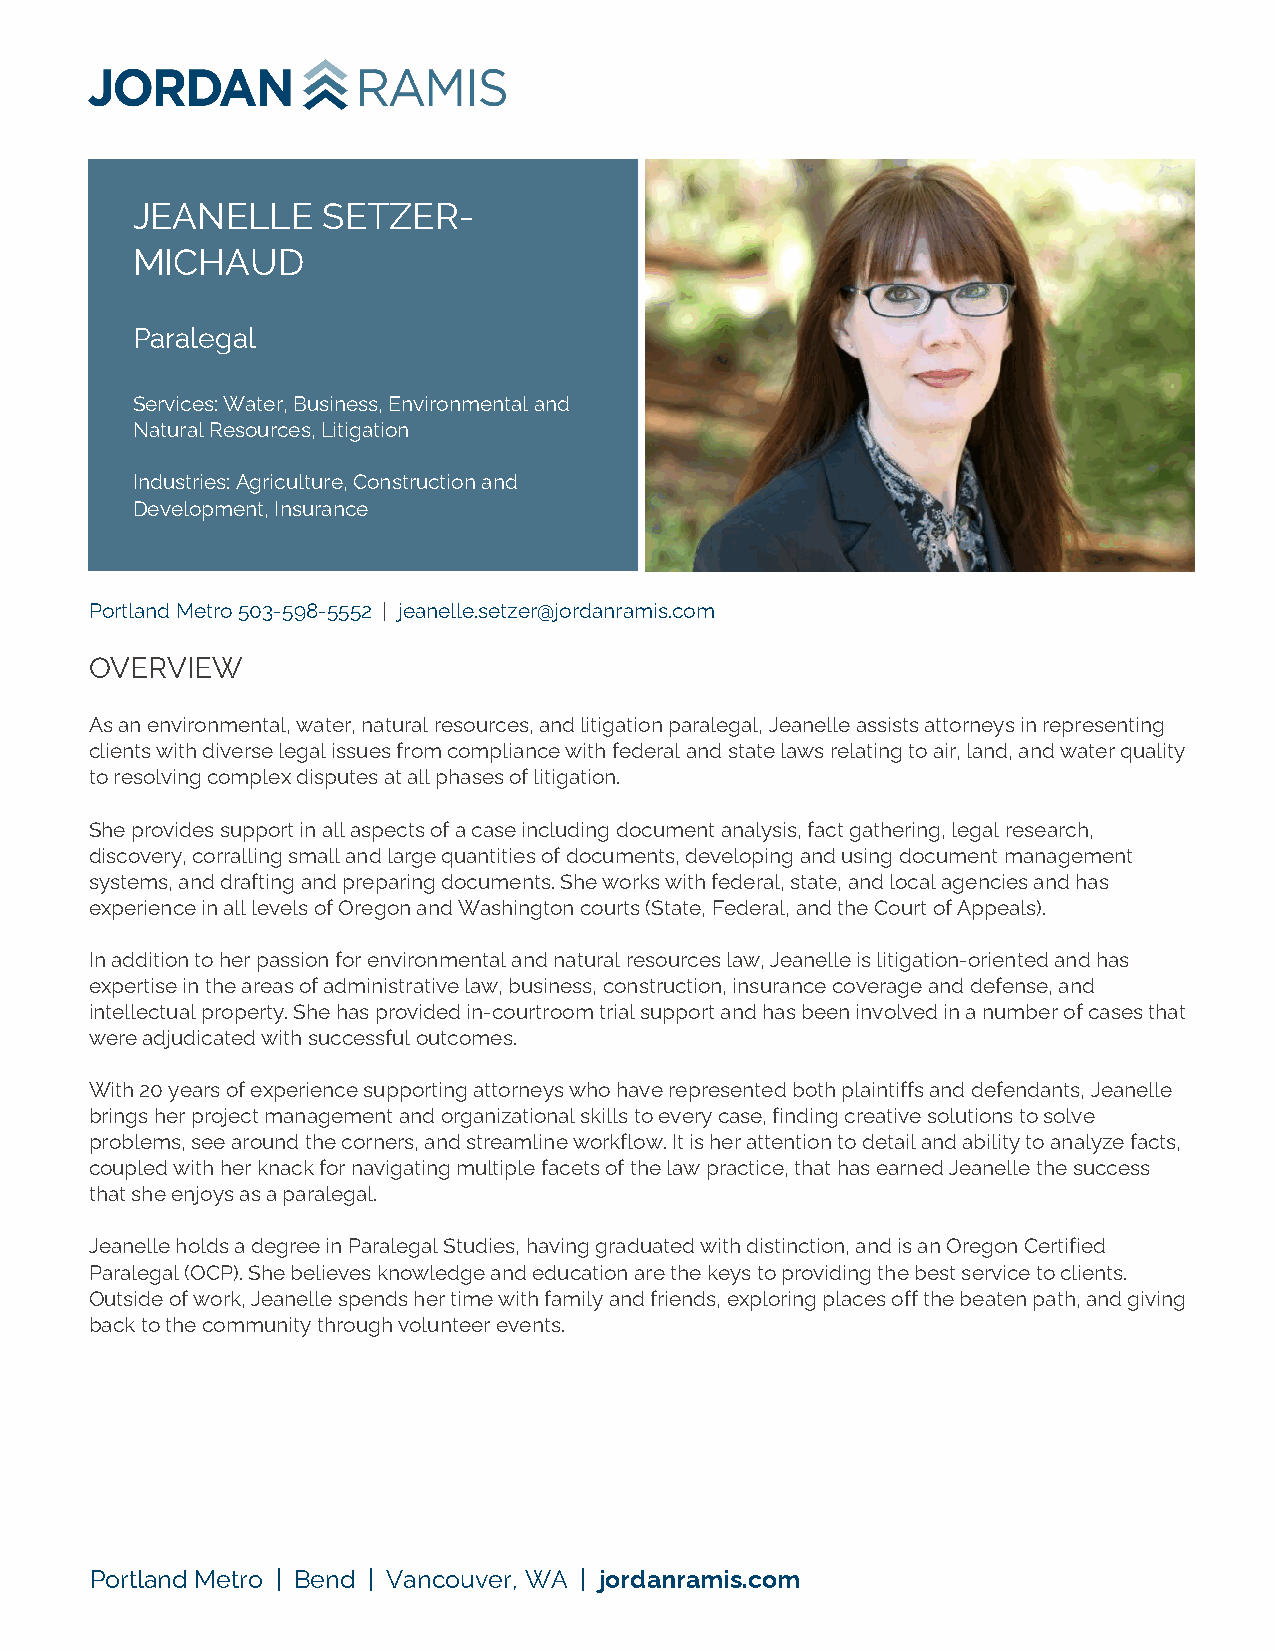
JEANELLE    SETZER-
 MICHAUD
 Paralegal
 Services: Water, Business, Environmental and
 Natural Resources, Litigation
 Industries: Agriculture, Construction and
 Development, Insurance
 Portland Metro 503-598-5552 | jeanelle.setzer@jordanramis.com
 OVERVIEW
 As an environmental, water, natural resources, and litigation paralegal, Jeanelle assists attorneys in representing
 clients with diverse legal issues from compliance with federal and state laws relating to air, land, and water quality
 to resolving complex disputes at all phases of litigation.
 She provides support in all aspects of a case including document analysis, fact gathering, legal research,
 discovery, corralling small and large quantities of documents, developing and using document management
 systems, and drafting and preparing documents. She works with federal, state, and local agencies and has
 experience in all levels of Oregon and Washington courts (State, Federal, and the Court of Appeals).
 In addition to her passion for environmental and natural resources law, Jeanelle is litigation-oriented and has
 expertise in the areas of administrative law, business, construction, insurance coverage and defense, and
 intellectual property. She has provided in-courtroom trial support and has been involved in a number of cases that
 were adjudicated with successful outcomes.
 With 20 years of experience supporting attorneys who have represented both plaintiffs and defendants, Jeanelle
 brings her project management and organizational skills to every case, finding creative solutions to solve
 problems, see around the corners, and streamline workflow. It is her attention to detail and ability to analyze facts,
 coupled with her knack for navigating multiple facets of the law practice, that has earned Jeanelle the success
 that she enjoys as a paralegal.
 Jeanelle holds a degree in Paralegal Studies, having graduated with distinction, and is an Oregon Certified
 Paralegal (OCP). She believes knowledge and education are the keys to providing the best service to clients.
 Outside of work, Jeanelle spends her time with family and friends, exploring places off the beaten path, and giving
 back to the community through volunteer events.
 Portland Metro | Bend | Vancouver, WA | jordanramis.com